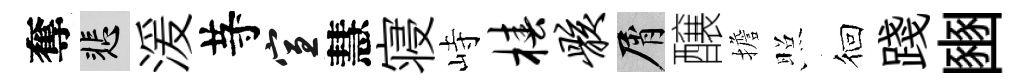
奪悲湲䒭宣慧寝峙椿骸屑醸擔照徊踐豳